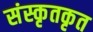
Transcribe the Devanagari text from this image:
संस्कृतकृत